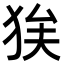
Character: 𭸉